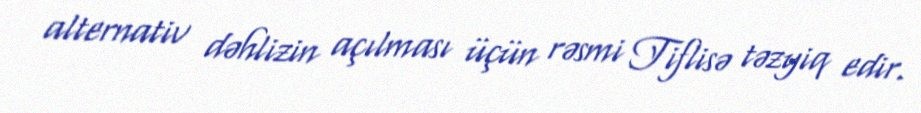
alternativ dəhlizin açılması üçün rəsmi Tiflisə təzyiq edir.